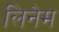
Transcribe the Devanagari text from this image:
लिनेम